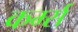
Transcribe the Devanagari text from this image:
कर्म्स